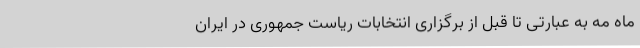
ماه مه به عبارتی تا قبل از برگزاری انتخابات ریاست جمهوری در ایران